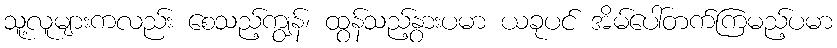
သူ့လူများကလည်း စေသည့်ကျွန်၊ ထွန်သည့်နွားပမာ ယခုပင် အိမ်ပေါ်တက်ကြမည့်ပမာ